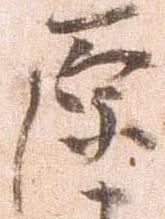
原